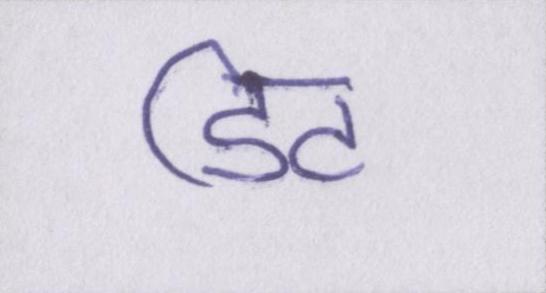
डिट